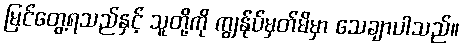
မြင်တွေ့ရသည်နှင့် သူတို့ကို ကျွန်ုပ်မှတ်မိမှာ သေချာပါသည်။